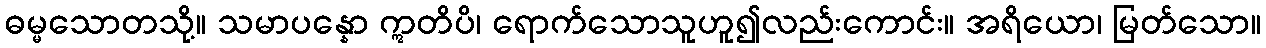
ဓမ္မသောတသို့။ သမာပန္နော ဣတိပိ၊ ရောက်သောသူဟူ၍လည်းကောင်း။ အရိယော၊ မြတ်သော။